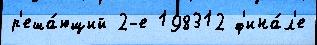
р'еша́ющий 2-е 198312 ф'ина́л'е